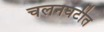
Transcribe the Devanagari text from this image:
चलनघटीत